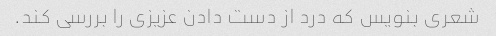
شعری بنویس که درد از دست دادن عزیزی را بررسی کند.